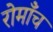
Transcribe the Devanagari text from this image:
रोमाँच